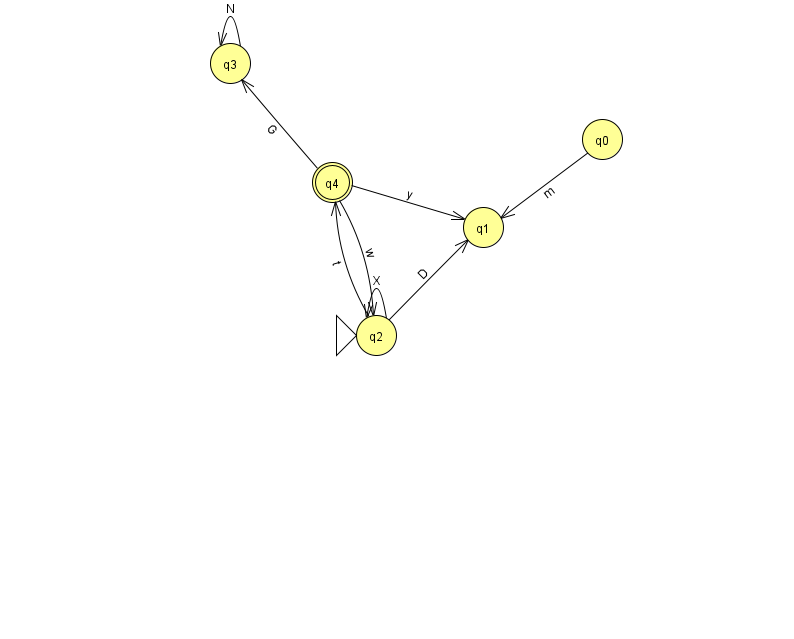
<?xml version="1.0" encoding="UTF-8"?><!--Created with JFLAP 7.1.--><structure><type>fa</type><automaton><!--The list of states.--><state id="0" name="q0"><x>602.0</x><y>126.0</y></state><state id="1" name="q1"><x>483.0</x><y>214.0</y></state><state id="2" name="q2"><x>376.0</x><y>322.0</y><initial/></state><state id="3" name="q3"><x>230.0</x><y>50.0</y></state><state id="4" name="q4"><x>332.0</x><y>169.0</y><final/></state><!--The list of transitions.--><transition><from>0</from><to>1</to><read>m</read></transition><transition><from>2</from><to>1</to><read>D</read></transition><transition><from>4</from><to>1</to><read>y</read></transition><transition><from>2</from><to>2</to><read>X</read></transition><transition><from>4</from><to>2</to><read>w</read></transition><transition><from>2</from><to>4</to><read>t</read></transition><transition><from>4</from><to>3</to><read>G</read></transition><transition><from>3</from><to>3</to><read>N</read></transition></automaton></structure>